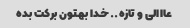
عااالی و تازه.. خدا بهتون برکت بده